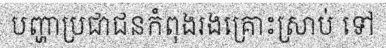
បញ្ហាប្រជាជនកំពុងរងគ្រោះស្រាប់ ទៅ